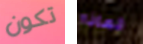
تكون لماذا